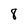
Character: 8